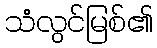
သံလွင်မြစ်၏